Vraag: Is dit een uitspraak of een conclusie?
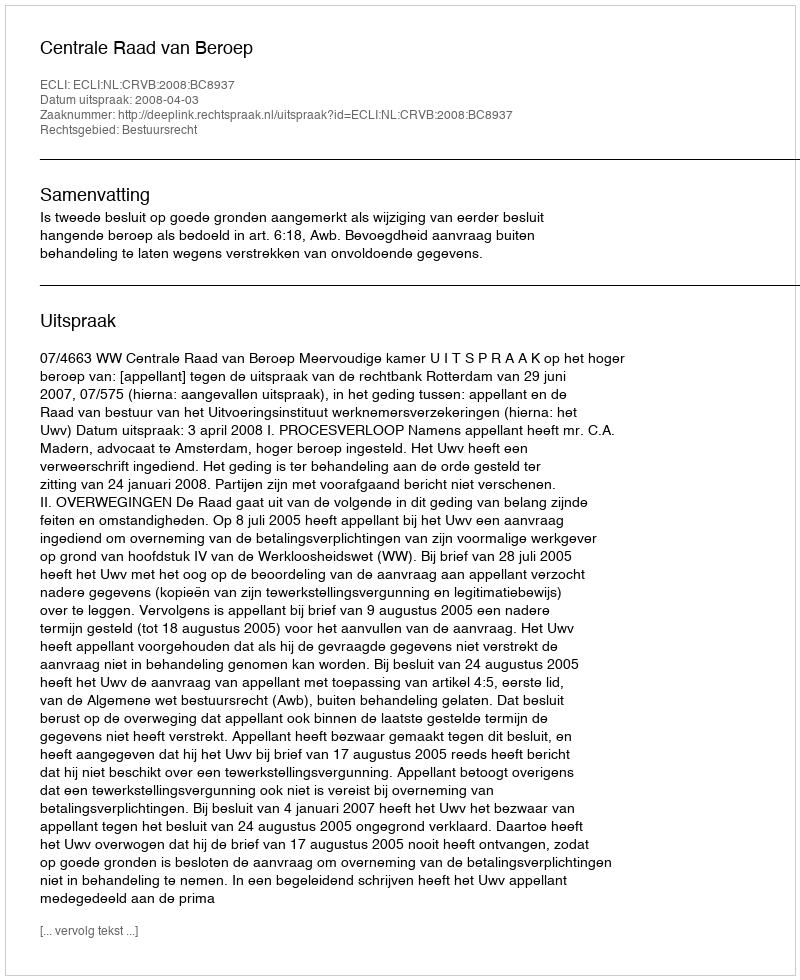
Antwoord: Uitspraak